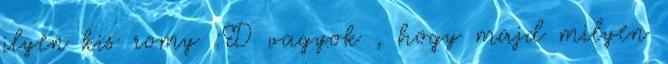
ilyen kis romy :D vagyok , hogy majd milyen